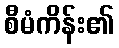
စီမံကိန်း၏